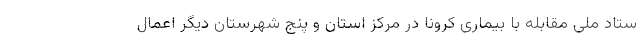
ستاد ملی مقابله با بیماری کرونا در مرکز استان و پنج شهرستان دیگر اعمال